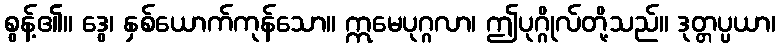
စွန့်၏။ ဒွေ၊ နှစ်ယောက်ကုန်သော။ ဣမေပုဂ္ဂလာ၊ ဤပုဂ္ဂိုလ်တို့သည်။ ဒုတ္တပ္ပယာ၊